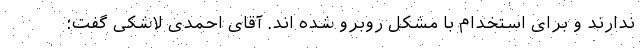
ندارند و برای استخدام با مشکل روبرو شده اند. آقای احمدی لاشکی گفت: